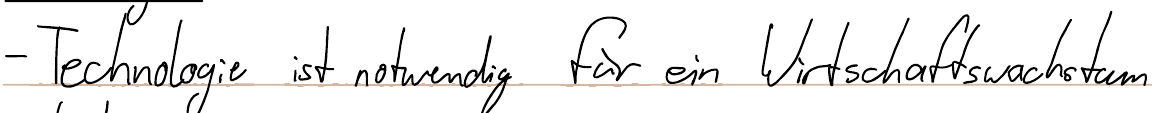
- Technologie ist notwendig für ein Wirtschaftswachstum